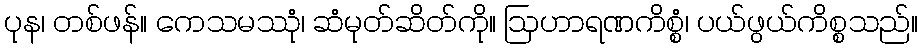
ပုန၊ တစ်ဖန်။ ကေသမဿုံ၊ ဆံမုတ်ဆိတ်ကို။ ဩဟာရဏကိစ္စံ၊ ပယ်ဖွယ်ကိစ္စသည်။